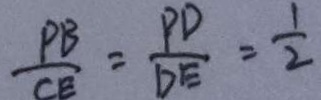
\frac { P B } { C E } = \frac { P D } { D E } = \frac { 1 } { 2 }